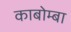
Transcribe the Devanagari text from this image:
काबोम्बा